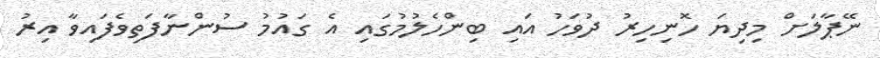
ނޭޕާލަށް މިދިޔަ ހޮނިހިރު ދުވަހު އައި ބިންހެލުމުގައި އެ ގައުމު ސުންނާފަތިވެފައިވާ އިރު